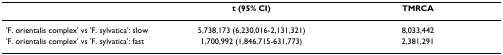
<table><thead><tr><td></td><td><b>t (95% CI)</b></td><td><b>TMRCA</b></td></tr></thead><tbody><tr><td>&#x27;F. orientalis complex&#x27; vs &#x27;F. sylvatica&#x27;: slow</td><td>5,738,173 (6,230,016-2,131,321)</td><td>8,033,442</td></tr><tr><td>&#x27;F. orientalis complex&#x27; vs &#x27;F. sylvatica&#x27;: fast</td><td>1,700,992 (1,846,715-631,773)</td><td>2,381,291</td></tr></tbody></table>